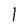
Character: 1